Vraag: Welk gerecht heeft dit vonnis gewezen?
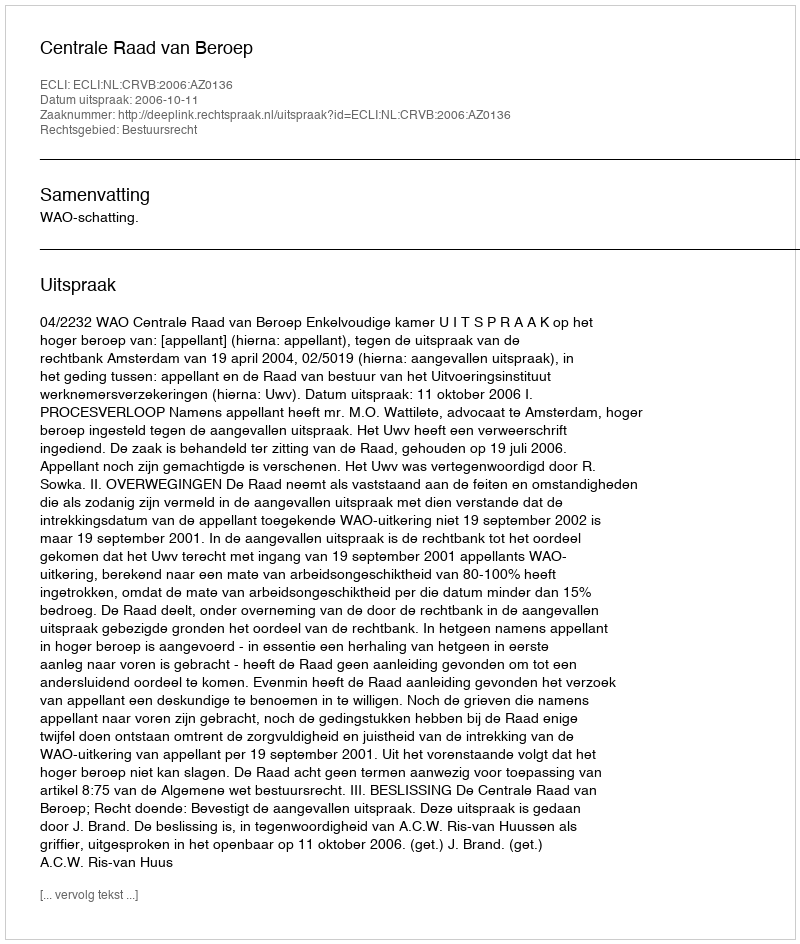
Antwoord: Centrale Raad van Beroep